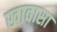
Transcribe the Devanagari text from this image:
खावासा